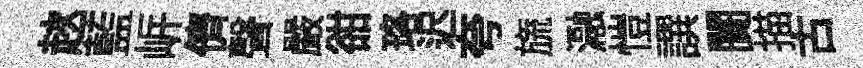
趑藍㟁儕聲嚴𧮳珞迟夸旒瀜愷譔闠描古